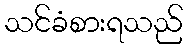
သင်ခံစားရသည်